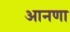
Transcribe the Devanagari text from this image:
आनणा